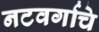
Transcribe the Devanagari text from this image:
नटवर्गाचे